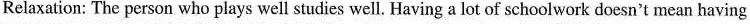
Relaxation: The person who plays well studies well. Having a lot of schoolwork doesn't mean having